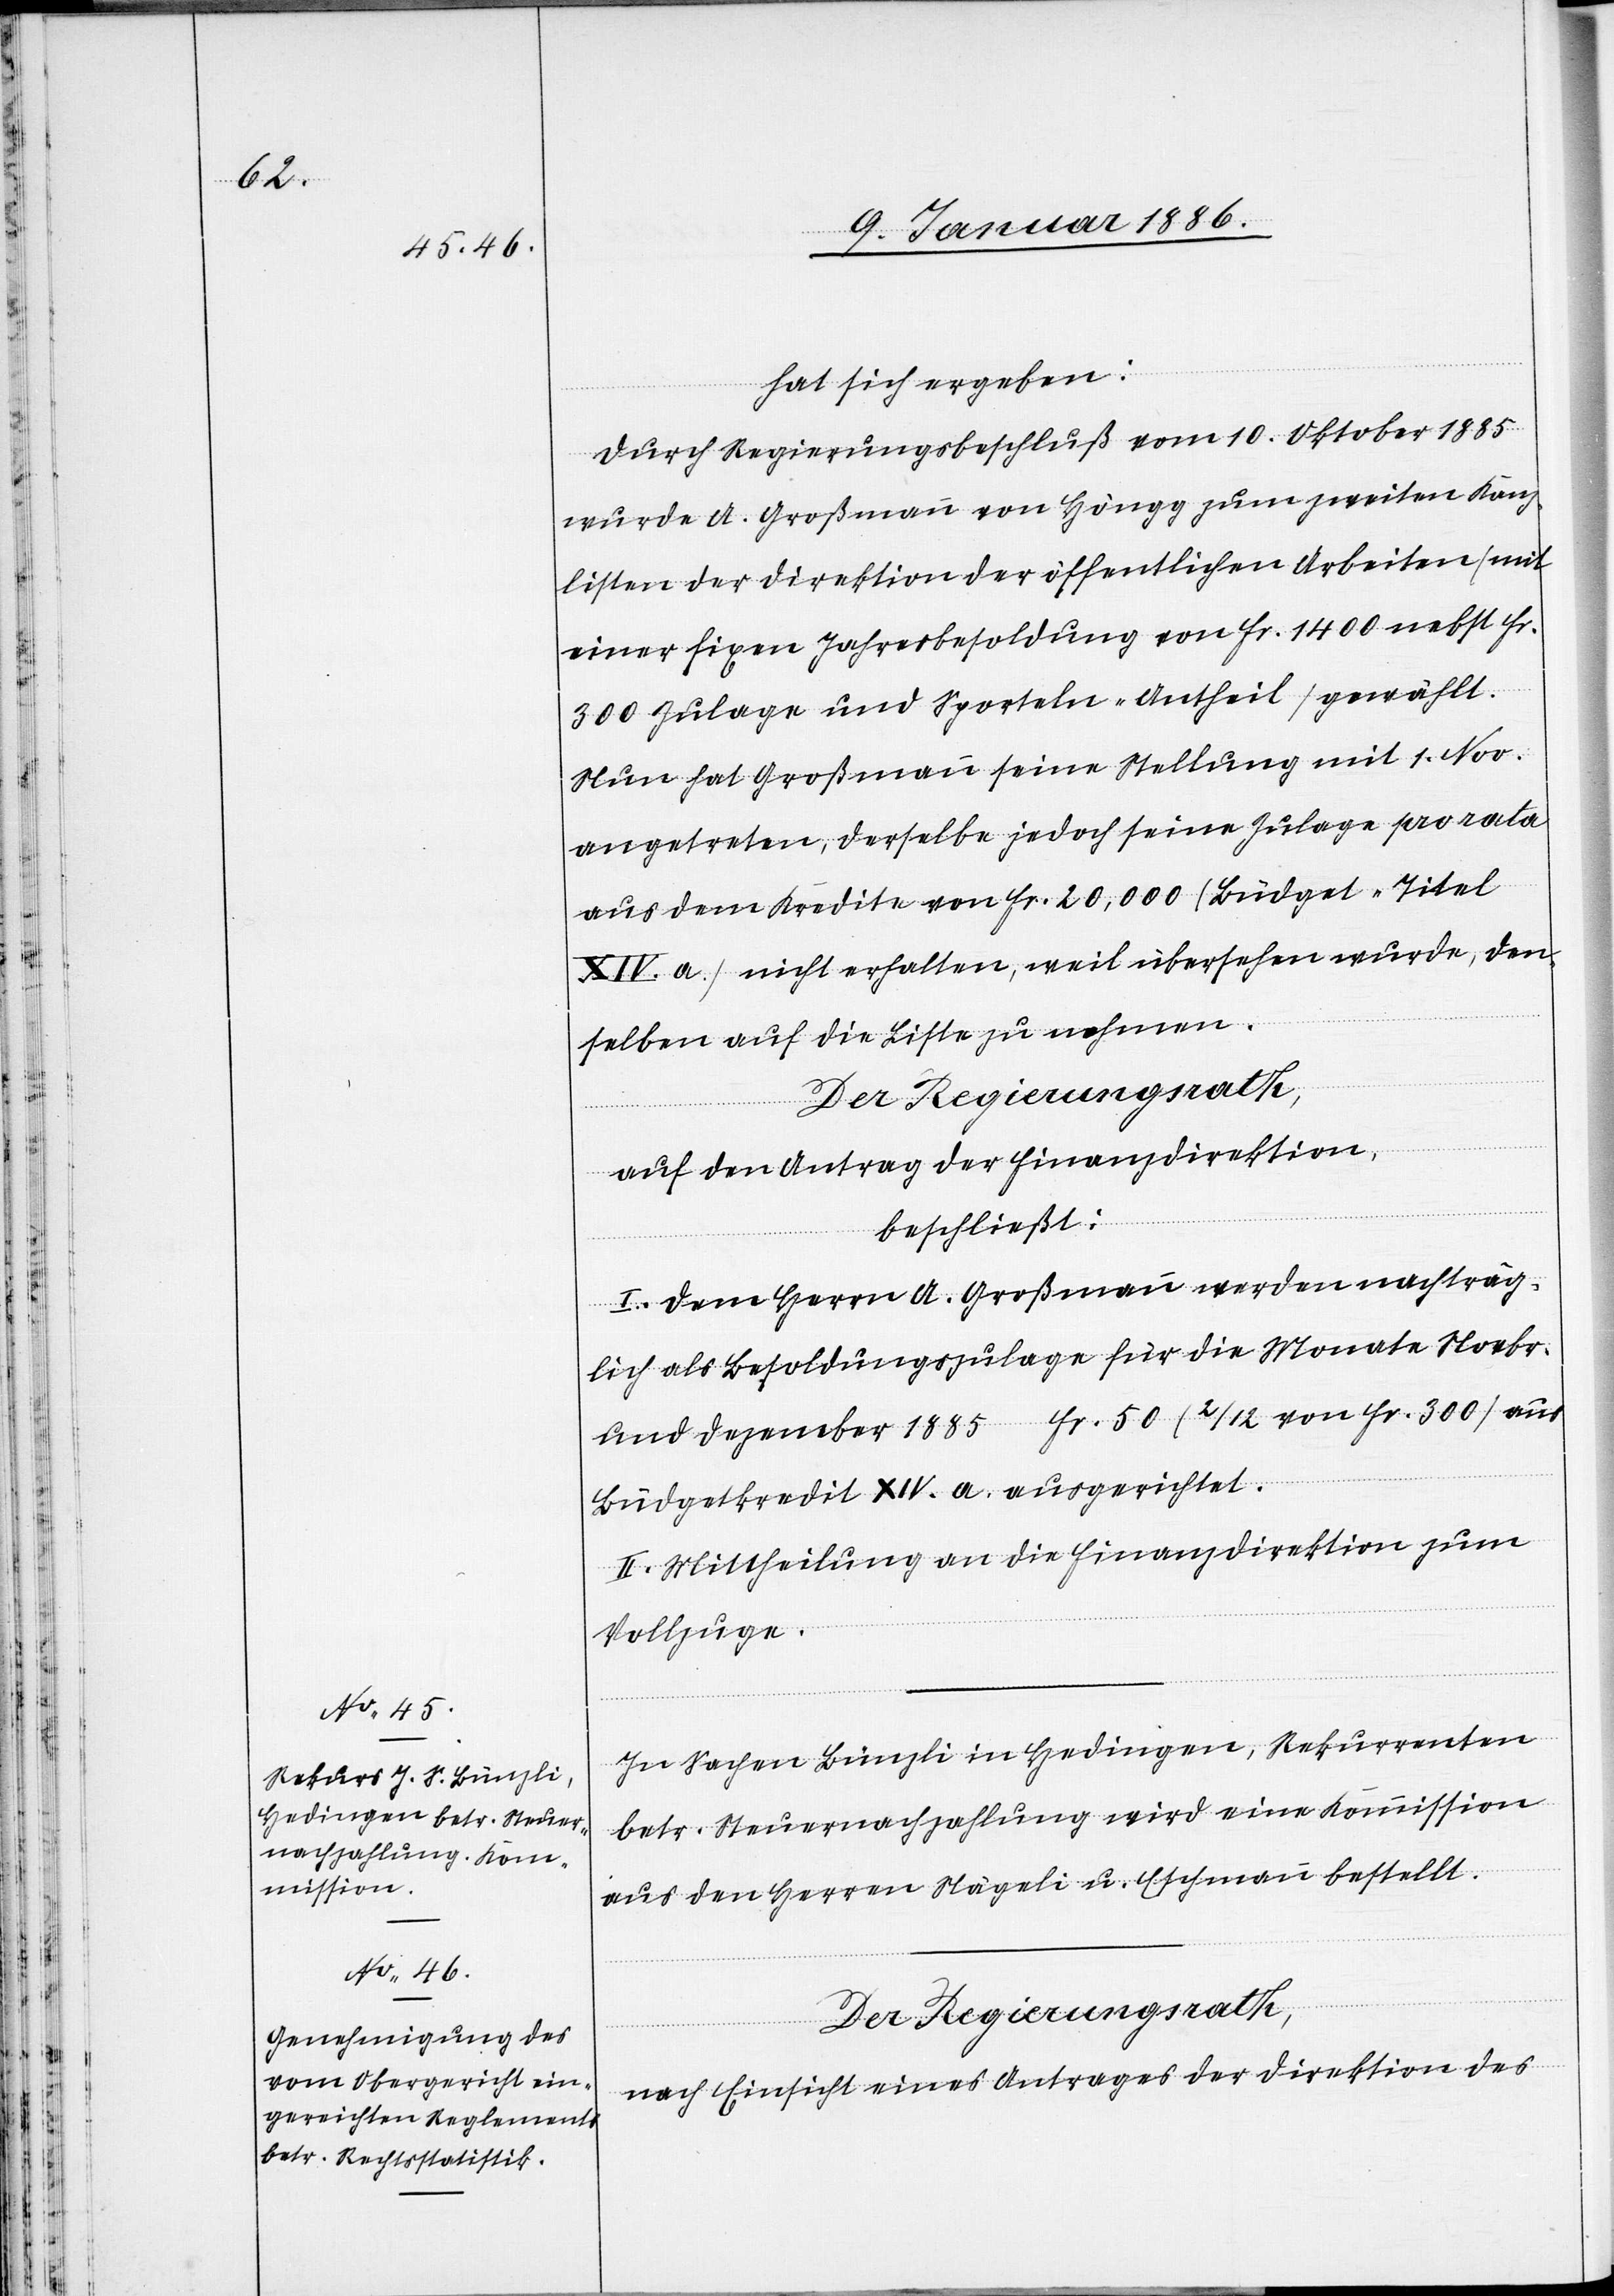
hat sich ergeben:
Durch Regierungsbeschluß vom 10. Oktober 1885
wurde A. Großmann von Höngg zum zweiten Kanz¬
listen der Direktion der öffentlichen Arbeiten (mit
einer fixen Jahresbesoldung von Fr. 1400 nebst Fr.
300 Zulage und Sporteln-Antheil) gewählt.
Nun hat Großmann seine Stellung mit 1. Nov.
angetreten, derselbe jedoch seine Zulage pro rata
aus dem Kredite von Fr. 20,000 (Büdget-Titel
XIV a.) nicht erhalten, weil übersehen wurde, den¬
selben auf die Liste zu nehmen.
auf den Antrag der Finanzdirektion,
beschließt:
I. Dem Herrn A. Großmann werden nachträg¬
liche als Besoldungszulage für die Monate Novbr.
und Dezember 1885 Fr. 50 (2/12 von Fr. 300) aus
Büdgettitel XIV a. ausgerichtet.
II. Mittheilung an die Finanzdirektion zum
Vollzuge.
In Sachen Bünzli in Hedingen, Rekurrenten
betr. Steuernachzahlung wird eine Kommission
aus den Herren Nägeli u. Eschmann bestellt.
Der Regierungsrath,
nach Einsicht eines Antrages der Direktion des